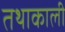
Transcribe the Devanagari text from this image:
तथाकाली